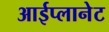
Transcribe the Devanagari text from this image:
आईप्लानेट